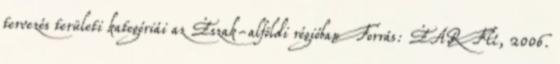
tervezés területi kategóriái az Észak-alföldi régióban Forrás: ÉARFÜ, 2006.